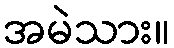
အမဲသား။